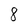
Character: 8